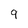
Character: 9